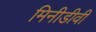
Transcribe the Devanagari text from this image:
मिनीडीवी